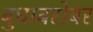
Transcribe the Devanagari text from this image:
बुधाबरोबर